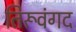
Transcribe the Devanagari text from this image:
तिरूवंगद